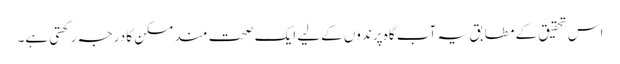
اس تحقیق کے مطابق یہ آب گاہ پرندوں کےلیے ایک صحت مند مسکن کا درجہ رکھتی ہے۔